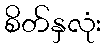
စိတ်နှလုံး